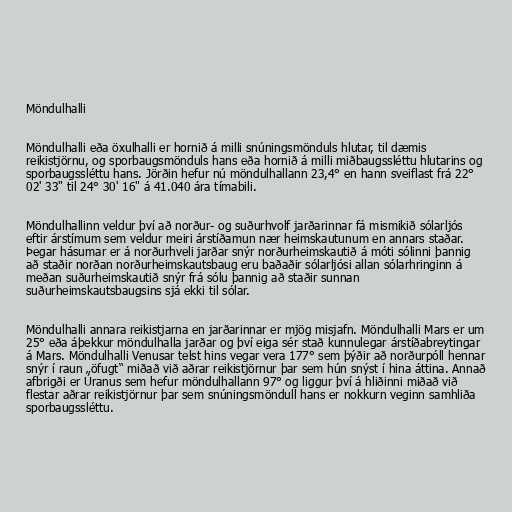
Möndulhalli

Möndulhalli eða öxulhalli er hornið á milli snúningsmönduls hlutar, til dæmis
reikistjörnu, og sporbaugsmönduls hans eða hornið á milli miðbaugssléttu hlutarins og
sporbaugssléttu hans. Jörðin hefur nú möndulhallann 23,4° en hann sveiflast frá 22°
02' 33" til 24° 30' 16" á 41.040 ára tímabili.

Möndulhallinn veldur því að norður- og suðurhvolf jarðarinnar fá mismikið sólarljós
eftir árstímum sem veldur meiri árstíðamun nær heimskautunum en annars staðar.
Þegar hásumar er á norðurhveli jarðar snýr norðurheimskautið á móti sólinni þannig
að staðir norðan norðurheimskautsbaug eru baðaðir sólarljósi allan sólarhringinn á
meðan suðurheimskautið snýr frá sólu þannig að staðir sunnan
suðurheimskautsbaugsins sjá ekki til sólar.

Möndulhalli annara reikistjarna en jarðarinnar er mjög misjafn. Möndulhalli Mars er um
25° eða áþekkur möndulhalla jarðar og því eiga sér stað kunnulegar árstíðabreytingar
á Mars. Möndulhalli Venusar telst hins vegar vera 177° sem þýðir að norðurpóll hennar
snýr í raun „öfugt“ miðað við aðrar reikistjörnur þar sem hún snýst í hina áttina. Annað
afbrigði er Úranus sem hefur möndulhallann 97° og liggur því á hliðinni miðað við
flestar aðrar reikistjörnur þar sem snúningsmöndull hans er nokkurn veginn samhliða
sporbaugssléttu.